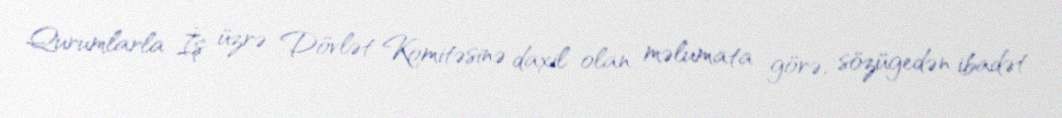
Qurumlarla İş üzrə Dövlət Komitəsinə daxil olan məlumata görə, sözügedən ibadət